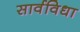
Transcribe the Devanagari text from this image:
सार्वविधा